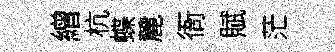
繒杭蝶麓衙賦茫